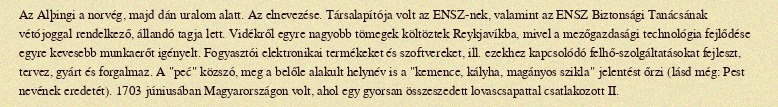
Az Alþingi a norvég, majd dán uralom alatt. Az elnevezése. Társalapítója volt az ENSZ-nek, valamint az ENSZ Biztonsági Tanácsának vétójoggal rendelkező, állandó tagja lett. Vidékről egyre nagyobb tömegek költöztek Reykjavíkba, mivel a mezőgazdasági technológia fejlődése egyre kevesebb munkaerőt igényelt. Fogyasztói elektronikai termékeket és szoftvereket, ill. ezekhez kapcsolódó felhő-szolgáltatásokat fejleszt, tervez, gyárt és forgalmaz. A "peć" közszó, meg a belőle alakult helynév is a "kemence, kályha, magányos szikla" jelentést őrzi (lásd még: Pest nevének eredetét). 1703 júniusában Magyarországon volt, ahol egy gyorsan összeszedett lovascsapattal csatlakozott II.